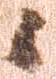
候